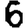
Digit: 6